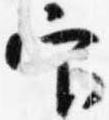
官